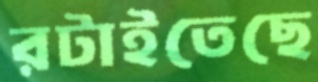
রটাইতেছে